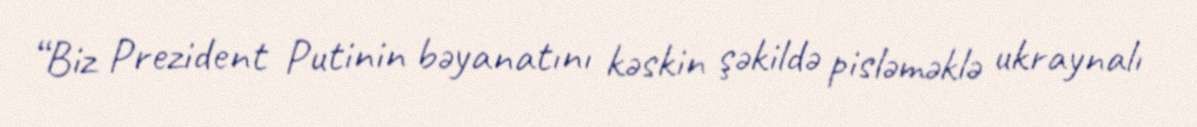
“Biz Prezident Putinin bəyanatını kəskin şəkildə pisləməklə ukraynalı